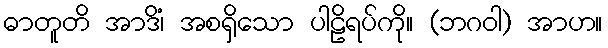
ဓာတူတိ အာဒိံ၊ အစရှိသော ပါဠိရပ်ကို။ (ဘဂဝါ) အာဟ။